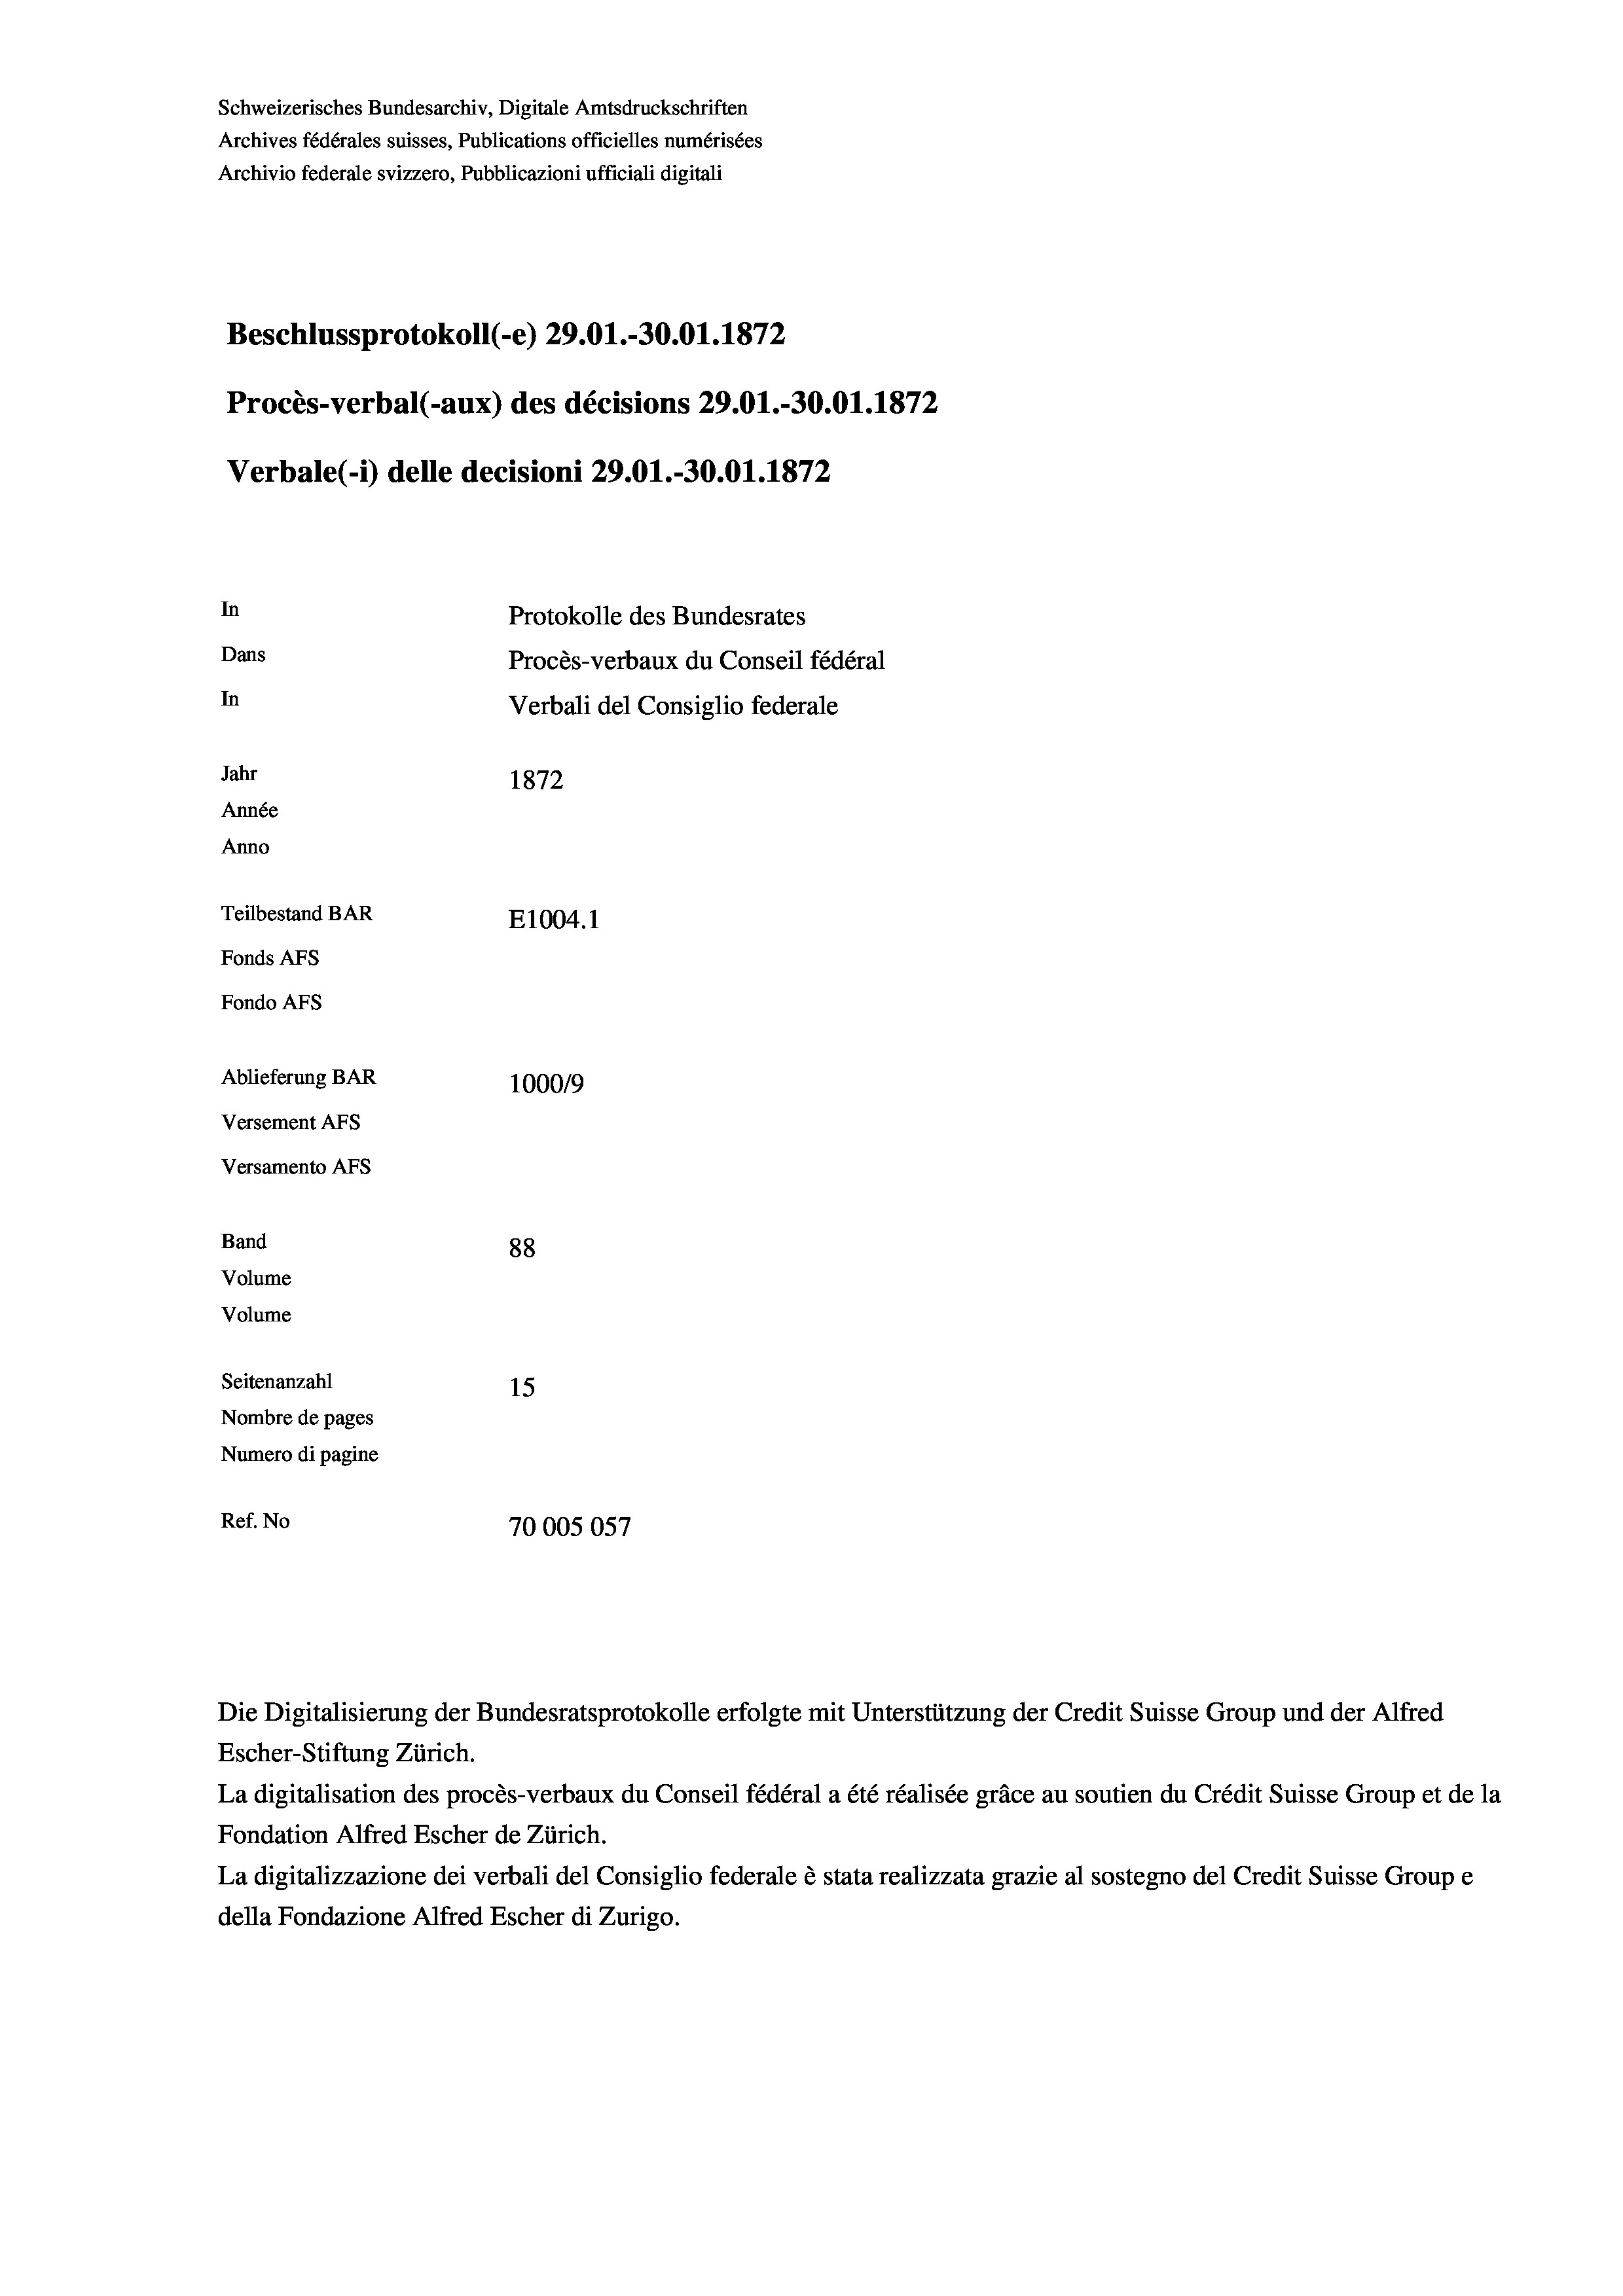
Schweizerisches Bundesarchiv, Digitale Amtsdruckschriften
Archives fédérales suisses, Publications officielles numérisées
Archivio federale svizzero, Pubblicazioni ufficiali digitali
Beschlussprotokoll (-e) 29.01.-30.01. 1872
Procès-verbal (-aux) des décisions 29.01.-30.01. 1872
Verbale(*) delle decisioni 29.01.-30.01. 1872
In
Protokolle des Bundesrates
Dans
Procès-verbaux du Conseil fédéral
In
Verbali del Consiglio federale
Jahr
1872
Année
Anno
Teilbestand BAR
E1004. 1
Fonds AFs
Fondo AFS
Ablieferung BAR
1000/9
Versement AFs
Versamento AFs
Band
88
Volume
Volume
Seitenanzahl
15
Nombre de pages
Numero di pagine
Ref. No
70005057

Escher-Stiftung Zürich.
La digitalisation des procès-verbaux du Conseil fédéral a été réalisée gräce au soutien du Crédit Suisse Group et de la
Fondation Alfred Escher de Zürich.
La digitalizzazione dei verbali del Consiglio federale è stata realizzata grazie al sostegno del Credit Suisse Groupe
della Fondazione Alfred Escher di Zurigo.

Die Digitalisierung der Bundesratsprotokolle erfolgte mit Unterstützung der Credit Suisse Group und der Alfred